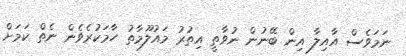
ނަމަވެސް އާއިލާ އިން ބޭނުން ނުވާތީ އިތުރު މައުލޫމާތު ހާމަކުރެވެން ނެތް ކަމަށް